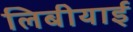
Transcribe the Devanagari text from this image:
लिबीयाई